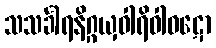
သသင်္ခါရနိဂ္ဂယှဝါရိဝါဝဋော